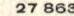
27 863